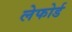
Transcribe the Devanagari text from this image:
लेफोर्ड